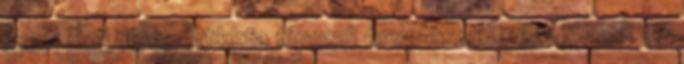
meri írni. Ilyen bükkfa típusú érveléssel nem tudok és